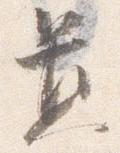
置